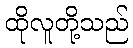
ထိုလူတို့သည်